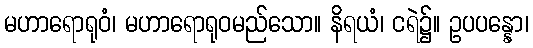
မဟာရောရုဝံ၊ မဟာရောရုဝမည်သော။ နိရယံ၊ ငရဲ၌။ ဥပပန္နော၊